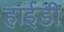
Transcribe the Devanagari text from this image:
हाईडी